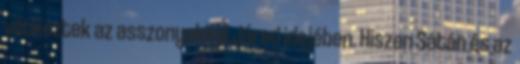
vétkeztek az asszonyokkal Járed idejében. Hiszen Sátán és az